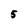
Character: 5